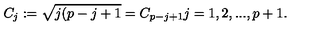
C _ { j } : = \sqrt { j ( p - j + 1 } = C _ { p - j + 1 } j = 1 , 2 , . . . , p + 1 .